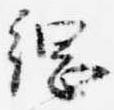
綱